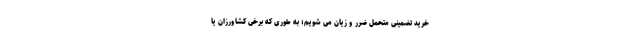
خرید تضمینی متحمل ضرر و زیان می شویم؛ به طوری که برخی کشاورزان یا